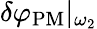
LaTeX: \delta\varphi_{\mathrm{PM}}|_{\omega_{2}}